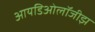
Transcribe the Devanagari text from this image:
आयडिओलॉजीझ